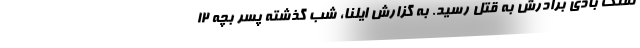
تفنگ بادی برادرش به قتل رسید. به گزارش ایلنا، شب گذشته پسر بچه ۱۲